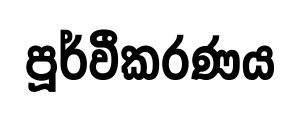
පූර්වීකරණය